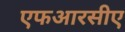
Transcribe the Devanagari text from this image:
एफआरसीए